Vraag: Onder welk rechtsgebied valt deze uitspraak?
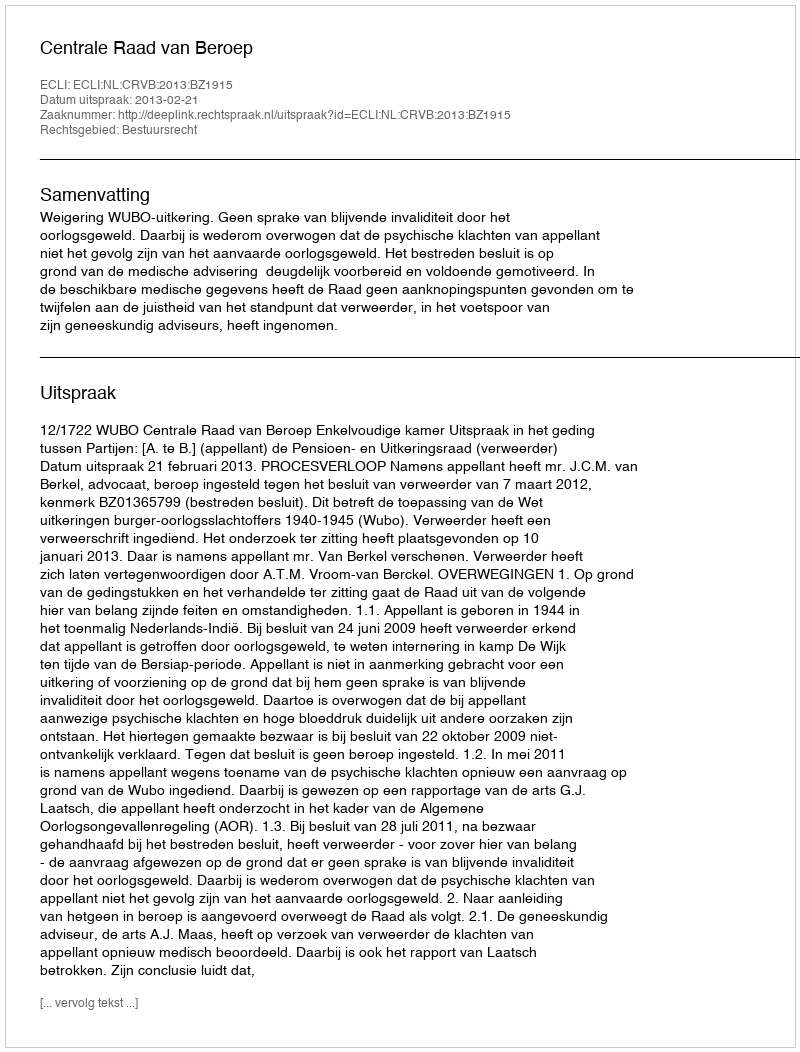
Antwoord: Bestuursrecht